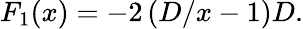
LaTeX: \begin{array}{r}{F_{1}(x)=-2\left(D/x-1\right)D.}\end{array}